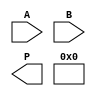
module higher_radix_wallace_tree_multiplier #(
    parameter WIDTH = 8 // Width of input operands A and B
)(
    input [WIDTH-1:0] A, // Operand A
    input [WIDTH-1:0] B, // Operand B
    output reg [2*WIDTH-1:0] P // Product output
);

    // Intermediate signals for partial products
    wire [WIDTH-1:0] pp[0:(WIDTH/3)-1];  // Partial products 
    wire [2*(WIDTH/3)-1:0] sum[0:1]; // Sum and carry for Wallace tree reduction
    wire [WIDTH/2+1:0] sum_out; // Final adder output
    wire [WIDTH/2+1:0] carry_out; // Final carry
    
    // Generate partial products (Radix-8)
    genvar i;
    generate
        for (i = 0; i < (WIDTH/3); i = i + 1) begin : gen_pp
            assign pp[i] = A & {3{B[3*i +: 3]}};
        end
    endgenerate

    // Wallace Tree reduction
    wire [2*WIDTH-1:0] wtree_level1[0:1];
    wire [2*WIDTH-1:0] wtree_level2;

    // First level of reduction (grouping and summing)
    assign wtree_level1[0] = pp[0] + pp[1] + pp[2]; // Reduce first 3 partial products
    assign wtree_level1[1] = pp[3] + pp[4]; // Next set of partial products (adjust as per total count)
    // Add more levels of addition necessary to fully utilize Rdix-8

    // Second level of reduction
    assign wtree_level2 = wtree_level1[0] + wtree_level1[1]; // Final reduction

    // Final addition of the resulting sums to get the final product
    assign {carry_out, sum_out} = wtree_level2 + {{(2*WIDTH - WIDTH/2), 1'b0}, A};

    // Final product assignment
    always @(*) begin
        P = sum_out;  // Final product
    end

endmodule